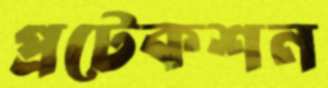
প্রটেকশন